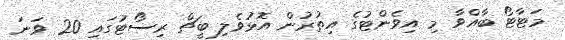
މަޓާޓޯ ބާއްވާ މި އިވެންޓުގެ އިތުރުން އޮޅުވެލި ބީޗް ރިސޯޓުގައި 20 ވަނަ